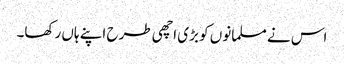
اس نے مسلمانوں کو بڑی اچھی طرح اپنے ہاں رکھا۔